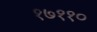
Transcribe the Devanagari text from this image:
१७११०